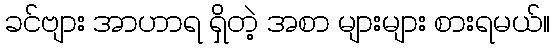
ခင်ဗျား အာဟာရ ရှိတဲ့ အစာ များများ စားရမယ်။